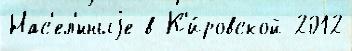
Нас'ел'́нныjе в К'и́ровской 2012